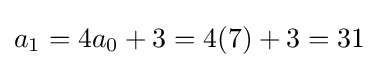
a_{1}=4a_{0}+3=4(7)+3=31